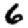
Digit: 6